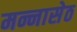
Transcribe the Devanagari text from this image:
मन्नासेठ